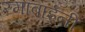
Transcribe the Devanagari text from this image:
रमाबाईनी